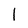
Character: 1